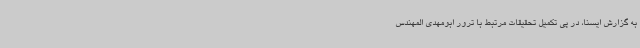
به گزارش ایسنا، در پی تکمیل تحقیقات مرتبط با ترور ابومهدی المهندس